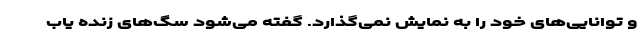
و توانایی‌های خود را به نمایش نمی‌گذارد. گفته می‌شود سگ‌های زنده یاب